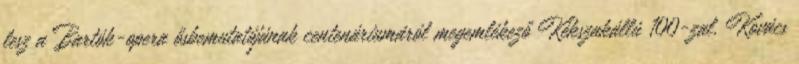
lesz a Bartók-opera ősbemutatójának centenáriumáról megemlékező Kékszakállú 100-zal. Kovács